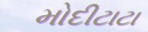
મોદીટાટા